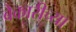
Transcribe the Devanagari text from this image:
बेकारीच्या